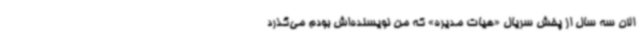
الان سه سال از پخش سریال «هیات مدیره» که من نویسنده‌اش بودم می‌گذرد